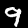
Digit: 9